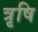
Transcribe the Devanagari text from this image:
त्रृषि